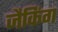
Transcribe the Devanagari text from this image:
जैकिंग